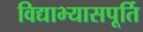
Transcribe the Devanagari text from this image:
विद्याभ्यासपूर्ति